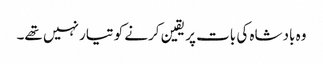
وہ بادشاہ کی بات پر یقین کرنے کو تیار نہیں تھے۔